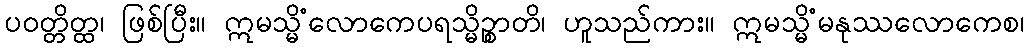
ပဝတ္တိတ္ထ၊ ဖြစ်ပြီး။ ဣမသ္မိံလောကေပရသ္မိဉ္စာတိ၊ ဟူသည်ကား။ ဣမသ္မိံမနုဿလောကေစ၊